Destruction of fleas by exposure to the sun - Number 40
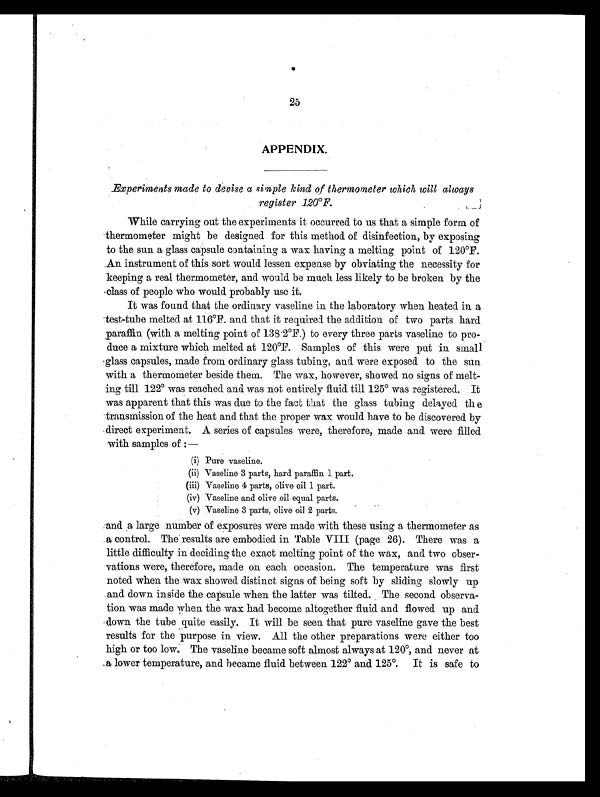
25
APPENDIX.
Experiments made to devise a simple kind of thermometer which will always
register 120°F.
While carrying out the experiments it occurred to us that a simple form of
thermometer might be designed for this method of disinfection, by exposing
to the sun a glass capsule containing a wax having a melting point of 120°F.
An instrument of this sort would lessen expense by obviating the necessity for
keeping a real thermometer, and would be much less likely to be broken by the
class of people who would probably use it.
It was found that the ordinary vaseline in the laboratory when heated in a
test-tube melted at 116°F. and that it required the addition of two parts hard
paraffin (with a melting point of 138.2°F) to every three parts vaseline to pro-
duce a mixture which melted at 120°F. Samples of this were put in small
glass capsules, made from ordinary glass tubing, and were exposed to the sun
with a thermometer beside them. The wax, however, showed no signs of melt-
ing till 122° was reached and was not entirely fluid till 125° was registered. It
was apparent that this was due to the fact that the glass tubing delayed th e
transmission of the heat and that the proper wax would have to be discovered by
direct experiment. A series of capsules were, therefore, made and were filled
with samples of:—
(i) Pure vaseline.
(ii) Vaseline 3 parts, hard paraffin 1 part.
(iii) Vaseline 4 parts, olive oil 1 part.
(iv) Vaseline and olive oil equal parts.
(v) Vaseline 3 parts, olive oil 2 parts.
and a large number of exposures were made with these using a thermometer as
a control. The results are embodied in Table VIII (page 26). There was a
little difficulty in deciding the exact melting point of the wax, and two obser-
vations were, therefore, made on each occasion. The temperature was first
noted when the wax showed distinct signs of being soft by sliding slowly up
and down inside the capsule when the latter was tilted. The second observa-
tion was made when the wax had become altogether fluid and flowed up and
down the tube quite easily. It will be seen that pure vaseline gave the best
results for the purpose in view. All the other preparations were either too
high or too low. The vaseline became soft almost always at 120°, and never at
a lower temperature, and became fluid between 122° and 125°. It is safe to